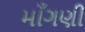
માઁગણી